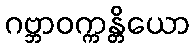
ဂဗ္ဘာဝက္ကန္တိယော